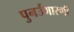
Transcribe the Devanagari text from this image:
पुनर्उभारणी